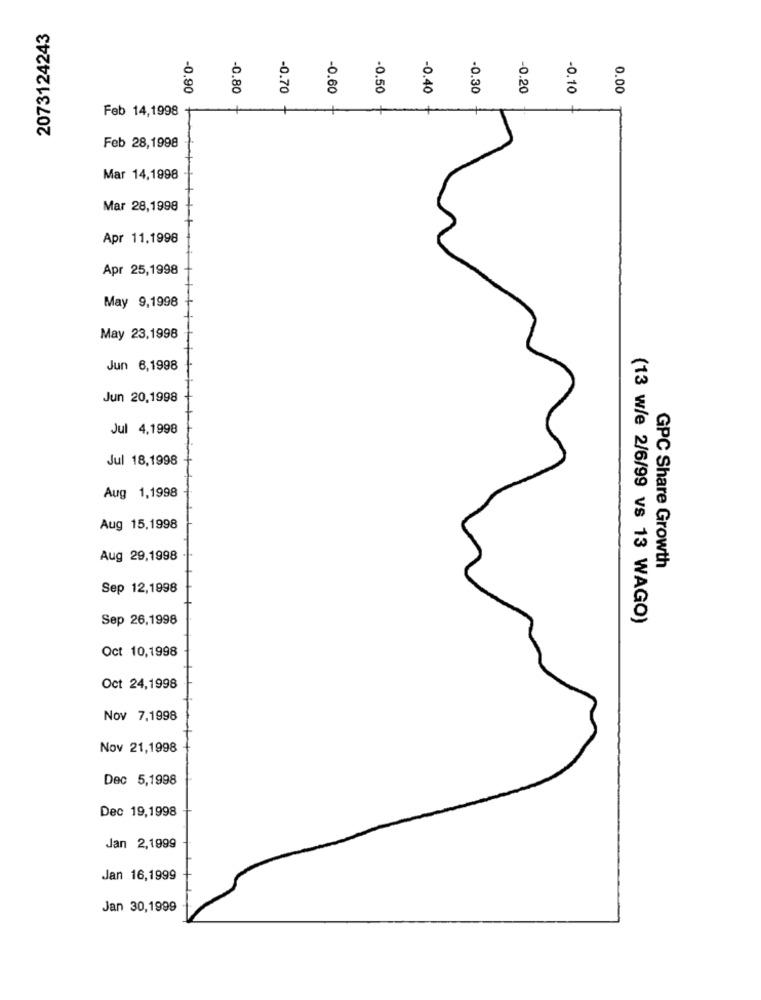
2073124243
0
-0.90
-0.80
-0.70
-0.60
in
-0.40
-0.30
-0.20
-0.10
0.00
Feb 14,1998
Feb 28,1998
Mar 14,1998
Mar 28,1998
Apr 11,1998
Apr 25,1998
May 9,1998
May 23,1998
Jun 6,1998
Jun 20,1998
Jul 4,1998
Jul 18,1998
Aug 1,1998
Aug 15,1998
Aug 29,1998
GPC Share Growth
Sep 12,1998
Sep 26,1998
(13 w/e 2/6/99 vs 13 WAGO)
Oct 10,1998
Oct 24,1998
Nov 7,1998
Nov 21,1998
Dec 5,1998
Dec 19,1998
Jan 2,1999
Jan 16,1999
Jan 30,1999